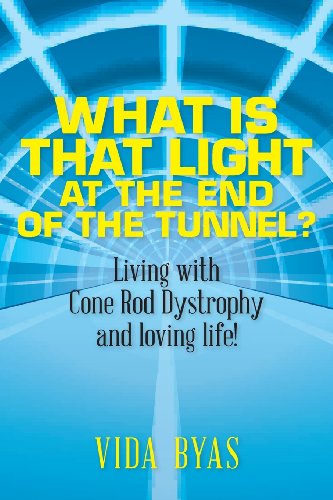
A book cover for What is that light at the end of the tunnel?: Living with Cone Rod Dystrophy and loving life!; Vida Byas; Health, Fitness & Dieting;